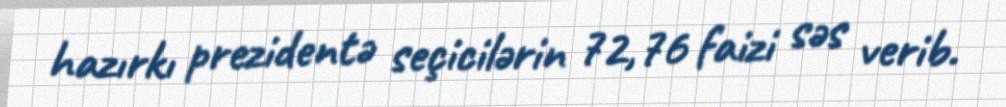
hazırkı prezidentə seçicilərin 72,76 faizi səs verib.